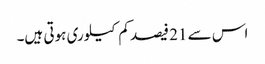
اس سے 21 فیصد کم کیلوری ہوتی ہیں۔